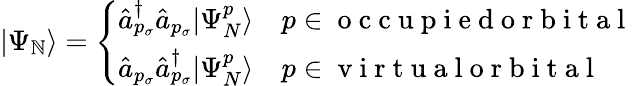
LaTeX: |\Psi_{\mathbb{N}}\rangle=\left\{ \begin{array}{ll}{\hat{a}_{p_{\sigma}}^{\dagger}\hat{a}_{p_{\sigma}}|\Psi_{N}^{p}\rangle}&{p\in\mathrm{~o~c~c~u~p~i~e~d~o~r~b~i~t~a~l~}}\\ {\hat{a}_{p_{\sigma}}\hat{a}_{p_{\sigma}}^{\dagger}|\Psi_{N}^{p}\rangle}&{p\in\mathrm{~v~i~r~t~u~a~l~o~r~b~i~t~a~l~}}\end{array}\right.